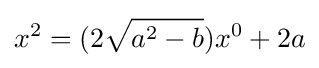
x^{2}=(2{\sqrt {a^{2}-b}})x^{0}+2a